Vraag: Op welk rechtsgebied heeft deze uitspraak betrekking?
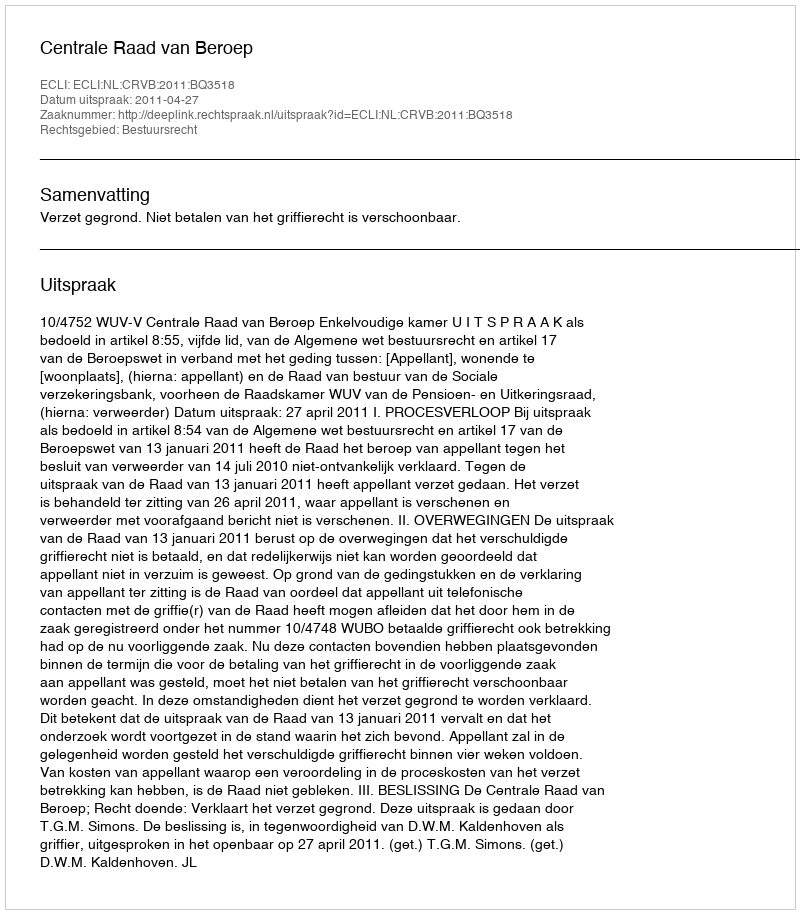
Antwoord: Bestuursrecht